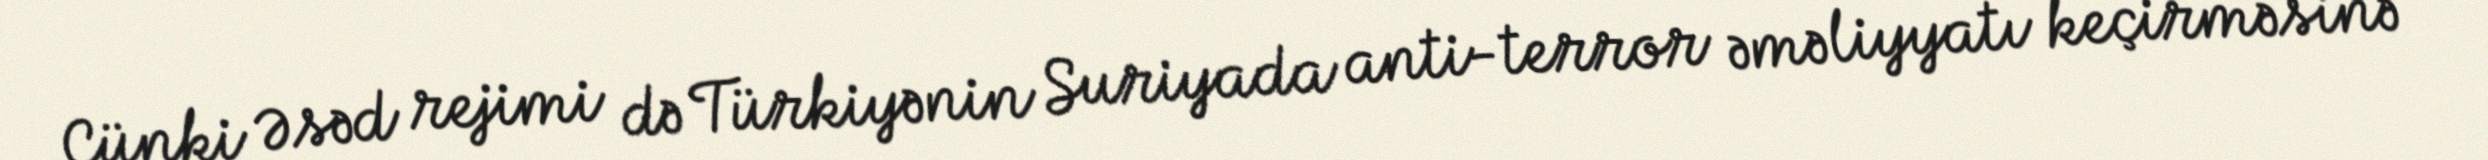
Çünki Əsəd rejimi də Türkiyənin Suriyada anti-terror əməliyyatı keçirməsinə